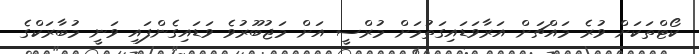
ކޯޓްތަކަށް ވުރެ މައްޗަށް އަރާވަޑައިގަތުމަށް މުރްސީ އަށް މަޖުބޫރުވެ ވަޑައިގެންފައި ވަނީ މުބާރަކްގެ